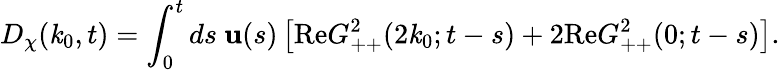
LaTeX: D_{\chi}(\mathit{k}_{0},t)=\int_{0}^{t}ds~\mathbf{u}(s)\left[\mathrm{{Re}}G_{++}^{2}(2\mathit{k}_{0};t-s)+2\mathrm{{Re}}G_{++}^{2}(0;t-s)\right].